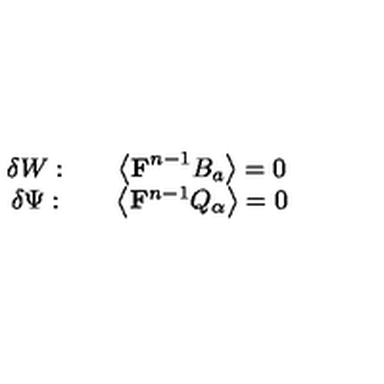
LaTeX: \begin{array} { c c c } { \delta W : } & { } & { \left\langle \mathrm { { \bf F } } ^ { n - 1 } B _ { a } \right\rangle = 0 } \\ { \delta \Psi : } & { } & { \left\langle \mathrm { { \bf F } } ^ { n - 1 } Q _ { \alpha } \right\rangle = 0 } \\ \end{array}